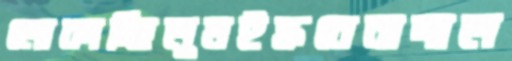
লোকাচ্ছিলুমইন্ধনেনাদাল